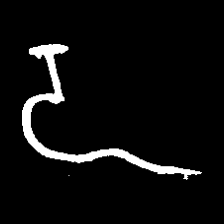
Pyu character \u2014 Myanmar letter: ဍ (romanized: dda)